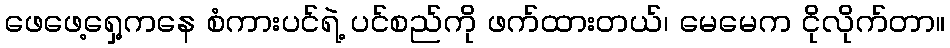
ဖေဖေ့ရှေ့ကနေ စံကားပင်ရဲ့ ပင်စည်ကို ဖက်ထားတယ်၊ မေမေက ငိုလိုက်တာ။